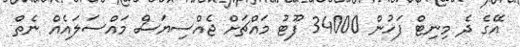
އޭގެ ދެ މިނިޓް ފަހުން 34000 ފޫޓު މައްޗަށް ޖެއްސިޔަސް މައްސަލައެއް ނެތް